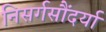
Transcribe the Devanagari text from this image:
निसर्गसौंदर्या